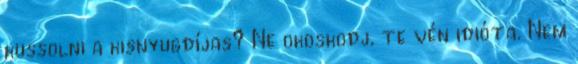
kussolni a kisnyugdíjas? Ne okoskodj, te vén idióta. Nem